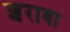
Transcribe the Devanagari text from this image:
शराबा